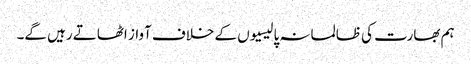
ہم بھارت کی ظالمانہ پالیسیوں کے خلاف آواز اٹھاتے رہیں گے۔